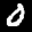
Label: 0